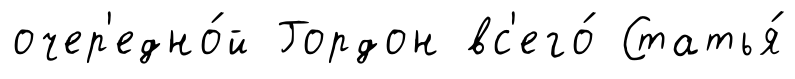
очер'едно́й Гордон вс'его́ Статья́